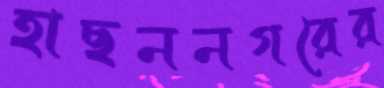
হাছননগরের